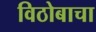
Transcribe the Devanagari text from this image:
विठोबाचा